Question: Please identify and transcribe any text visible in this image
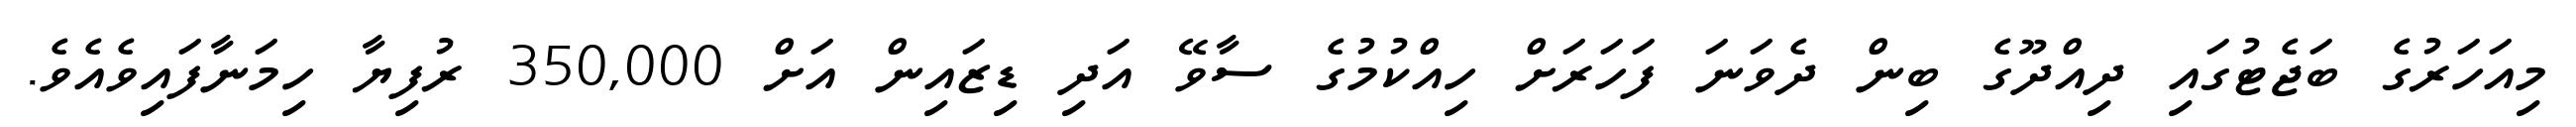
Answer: މިއަހަރުގެ ބަޖެޓުގައި ދިއްދޫގެ ބިން ދެވަނަ ފަހަރަށް ހިއްކުމުގެ ސާވޭ އަދި ޑިޒައިން އަށް 350,000 ރުފިޔާ ހިމަނާފައިވެއެވެ.